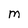
Character: M